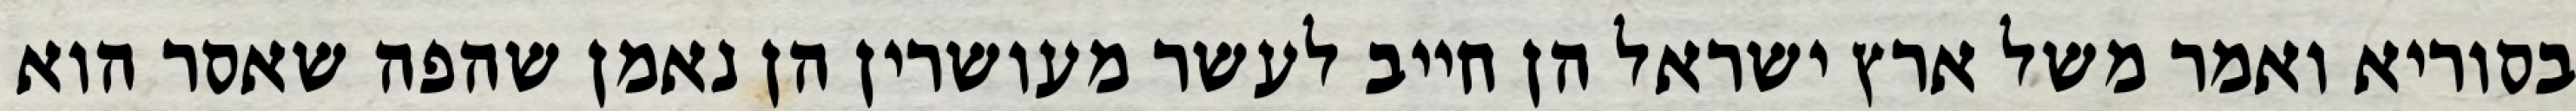
בסוריא ואמר משל ארץ ישראל הן חייב לעשר מעושרין הן נאמן שהפה שאסר הוא